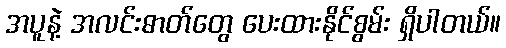
အပူနဲ့ အလင်းဓာတ်တွေ ပေးထားနိုင်စွမ်း ရှိပါတယ်။